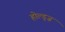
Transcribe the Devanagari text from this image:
होल्ड्ज़